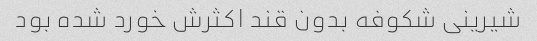
شیرینی شکوفه بدون قند اکثرش خورد شده بود